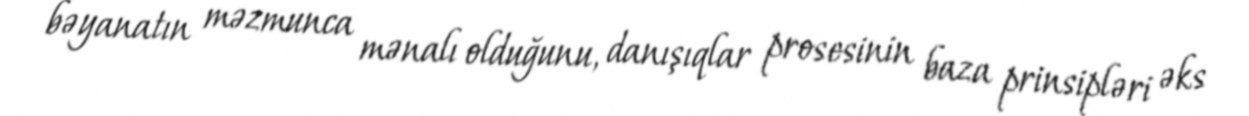
bəyanatın məzmunca mənalı olduğunu, danışıqlar prosesinin baza prinsipləri əks